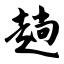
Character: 趟